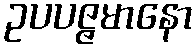
ဥပပဇ္ဇမာနော